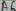
Text: A6